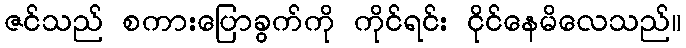
ဇင်သည် စကားပြောခွက်ကို ကိုင်ရင်း ငိုင်နေမိလေသည်။